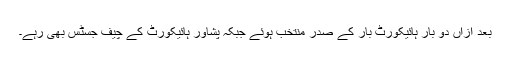
بعد ازاں دو بار ہائیکورٹ بار کے صدر منتخب ہوئے جبکہ پشاور ہائیکورٹ کے چیف جسٹس بھی رہے۔